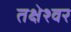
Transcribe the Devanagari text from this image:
तक्षेश्वर